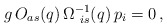
\begin{align*}g \, O_{as}(q)\, \Omega^{-1}_{\ is}(q)\, p_i = 0\,,\end{align*}